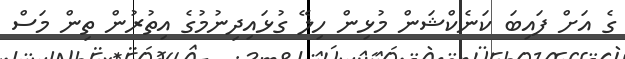
ގެ އަށް ފައިބަ ކަނެކްޝަން މުޅިން ހިލޭ ގުޅައިދިނުމުގެ އިތުރުން ތިން މަސް